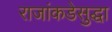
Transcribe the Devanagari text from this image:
राजांकडेसुद्धा